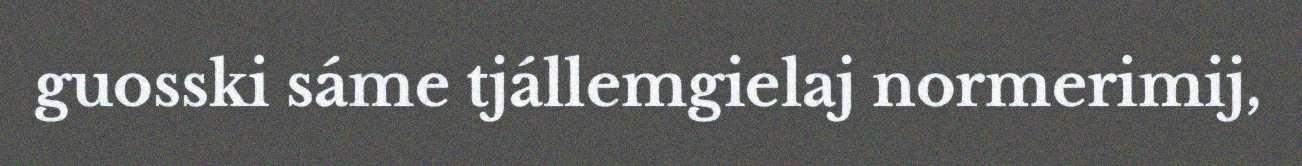
guosski sáme tjállemgielaj normerimij,